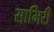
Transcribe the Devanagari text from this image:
सामिरी